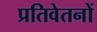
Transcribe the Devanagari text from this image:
प्रतिवेतनों